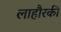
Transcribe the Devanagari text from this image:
लाहौरकी